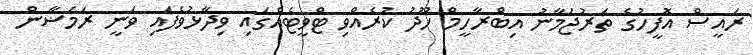
ރައީސް އޮފީހުގެ ތަރުޖަމާނު އިބްރާހީމް ހޫދު ކުރެއްވި ޓްވީޓެއްގައި ވިދާޅުވެފައި ވަނީ ރަމަޟާން